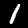
Label: 1